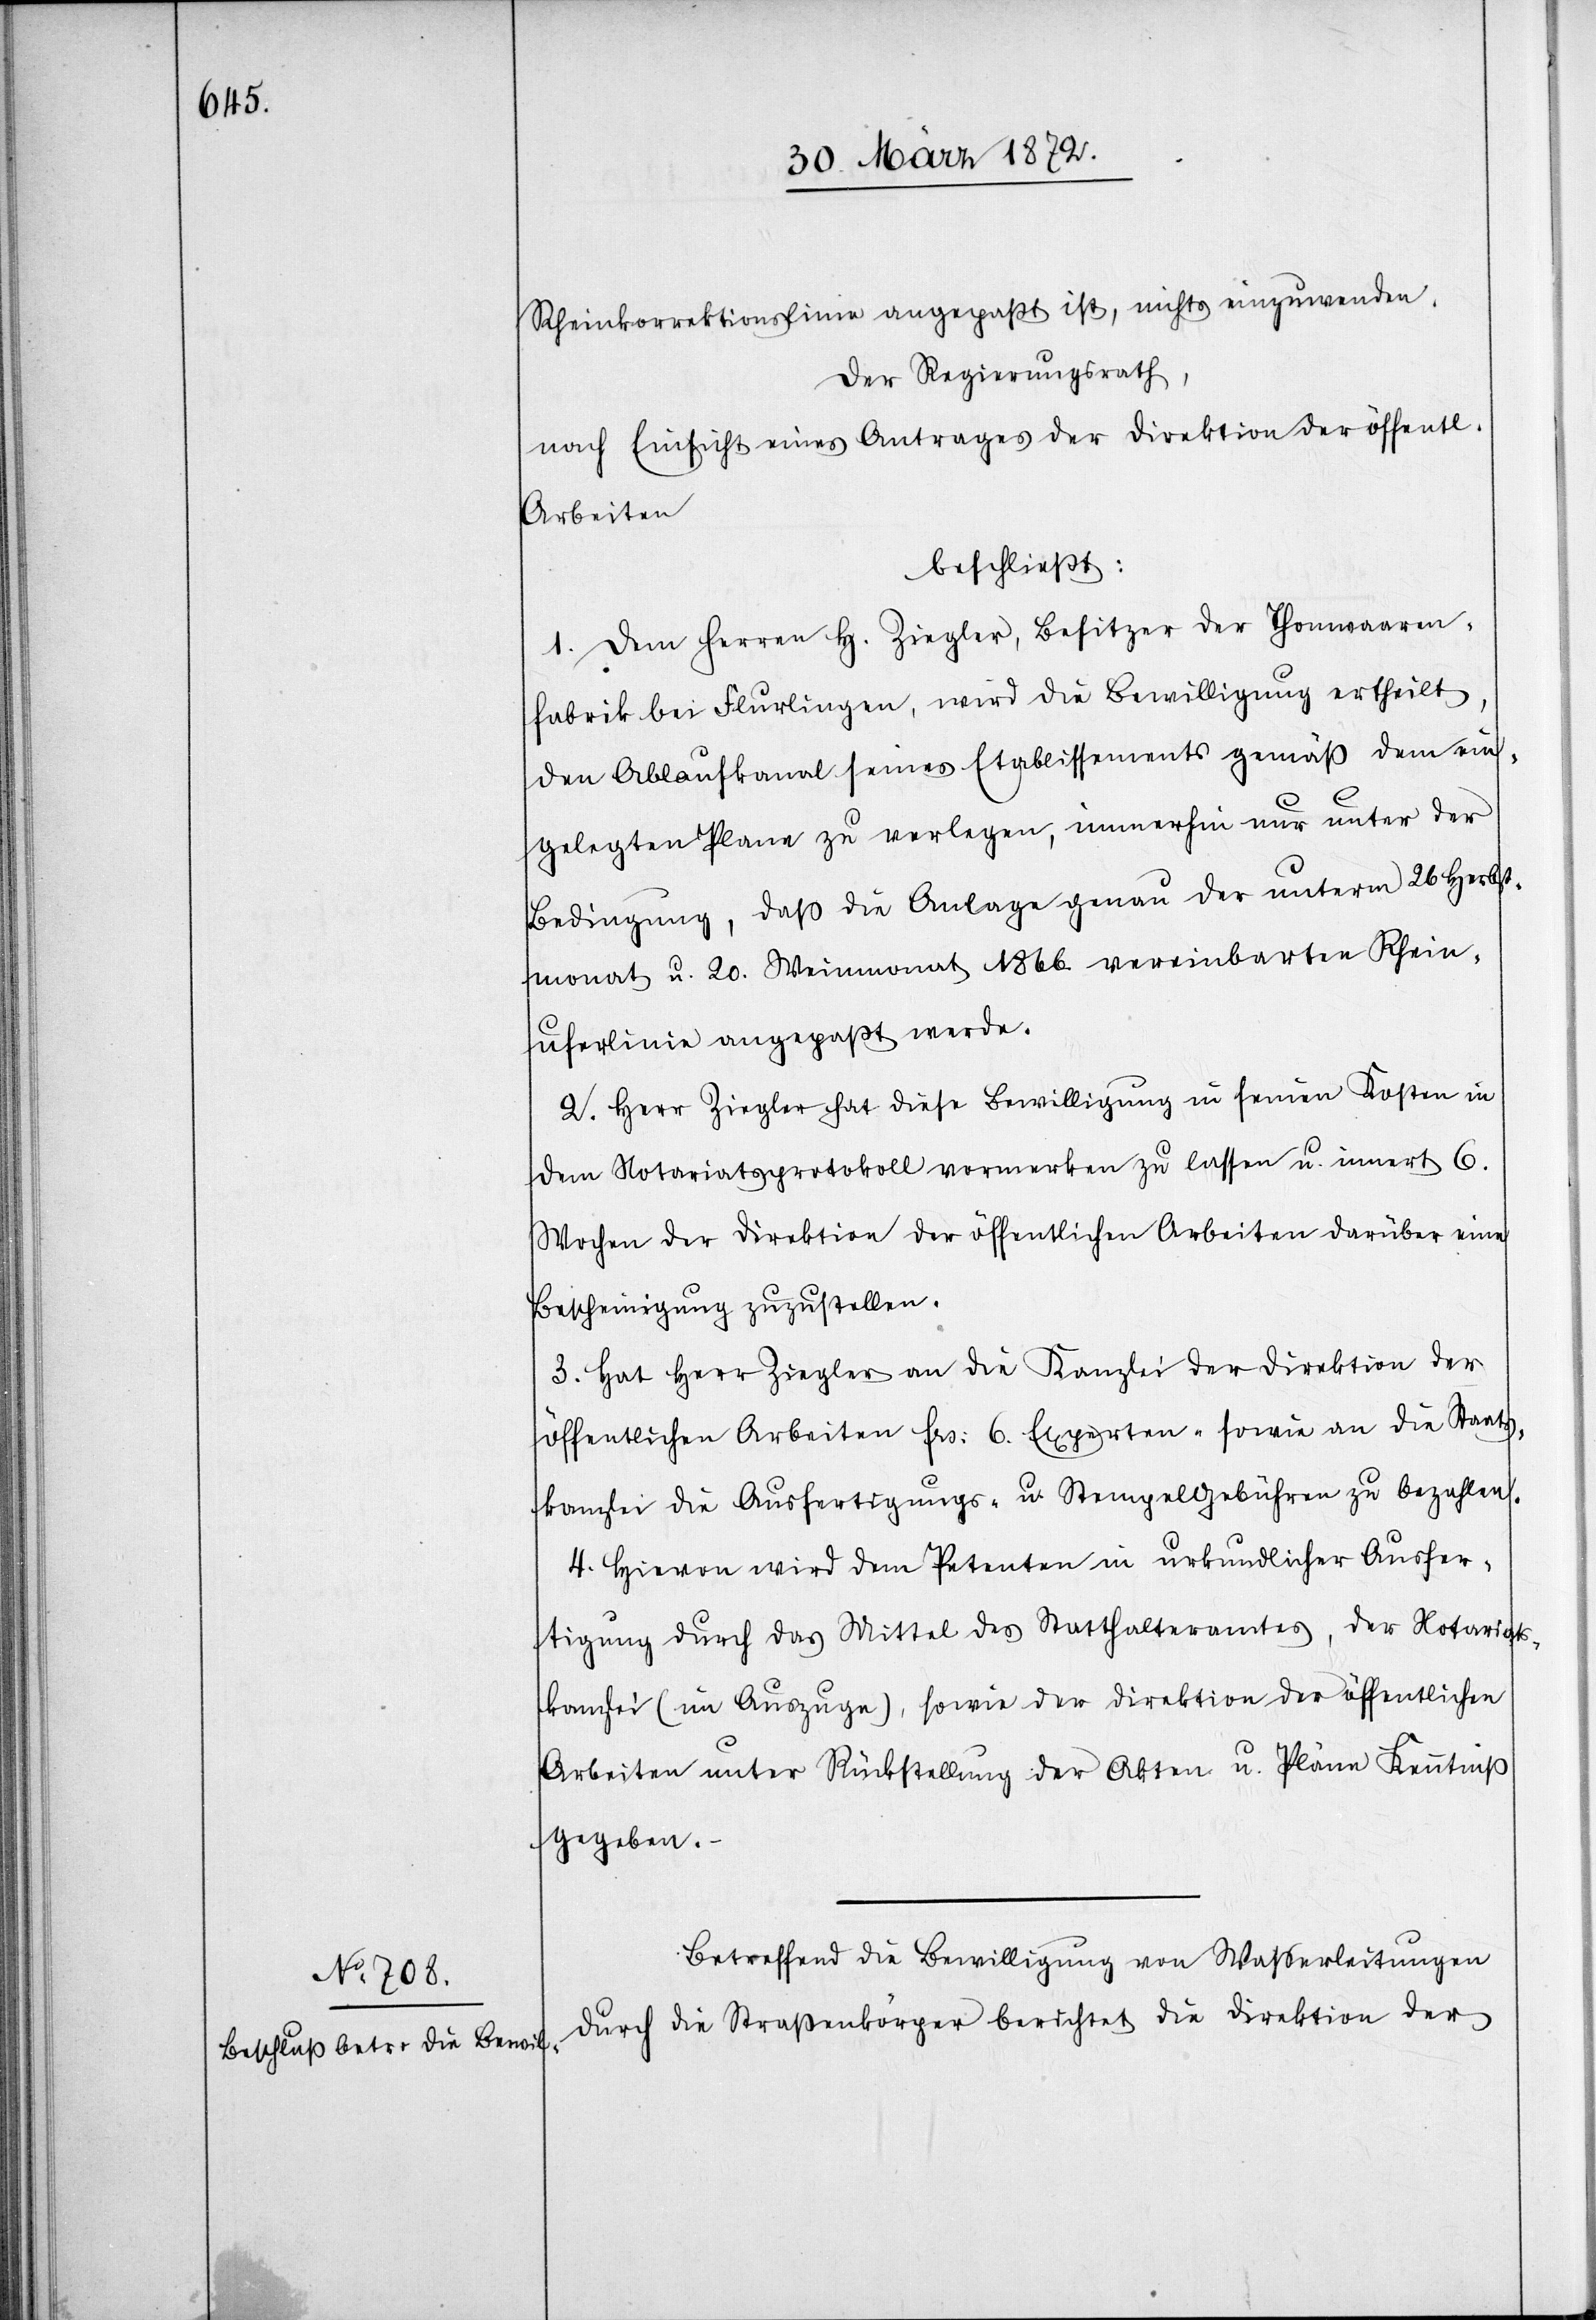
Rheinkorrektionslinie angepaßt ist, nichts einzuwenden.
Der Regierungsrath,
nach Einsicht eines Antrages der Direktion der öffentl.
Arbeiten
beschließt:
1. Dem Herren H. Ziegler, Besitzer der Thonwaaren¬
fabrik bei Flurlingen, wird die Bewilligung ertheilt,
den Ablaufkanal seines Etablissements gemäß dem ein¬
gelegten Plane zu verlegen, immerhin nur unter der
Bedingung, daß die Anlage genau der unterm 26 Herbst¬
monat u. 20. Weinmonat 1866. vereinbarten Rhein¬
uferlinie angepaßt werde.
2. Herr Ziegler hat diese Bewilligung in seinen Kosten in
dem Notariatsprotokoll vormerken zu lassen u. innert 6.
Wochen der Direktion der öffentlichen Arbeiten darüber eine
Bescheinigung zuzustellen.
3. Hat Herr Ziegler an die Kanzlei der Direktion der
öffentlichen Arbeiten frs: 6. Experten-[,] sowie an die Staats¬
kanzlei die Ausfertigungs- u. Stempelgebühren zu bezahlen.
4. Hievon wird dem Petenten in urkundlicher Ausfer¬
tigung durch das Mittel des Statthalteramtes, der Notariats¬
kanzlei (im Auszuge), sowie der Direktion der öffentlichen
Arbeiten unter Rückstellung der Akten u. Pläne Kenntniß
gegeben.
Betreffend die Bewilligung von Wasserleitungen
durch die Straßenkörper berichtet die Direktion der